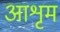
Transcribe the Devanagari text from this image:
आशृम